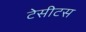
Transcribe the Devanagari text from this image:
टेसीटस